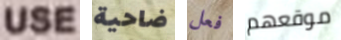
USE ضاحية فعل موقعهم